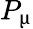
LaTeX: P_{\upmu}